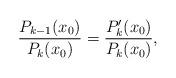
LaTeX: \begin{align*}\frac{P_{k-1}(x_0)}{P_{k}(x_0)} = \frac{P'_k(x_0)}{P_{k}(x_0)},\end{align*}